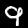
Label: 9